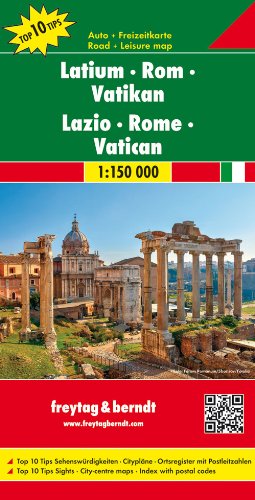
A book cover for Lazio - Rome - Vatican 1 : 150 000 (Italy Regional Map) FB (English, French, Italian and German Edition); Freytag & Berndt; Travel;